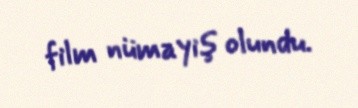
film nümayiş olundu.